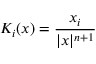
K _ { i } ( x ) = { \frac { x _ { i } } { | x | ^ { n + 1 } } }